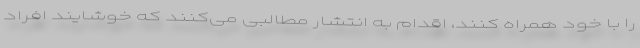
را با خود همراه کنند، اقدام به انتشار مطالبی می‌کنند که خوشایند افراد